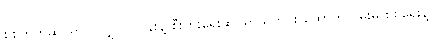
စစ်ဘက်ဆိုင်ရာသူလျှိုလုပ်ငန်းနဲ့ စီးပွားရေးဆိုင်ရာသတင်း ထောက်လှမ်းမှု စစ်ရေးနဲ့